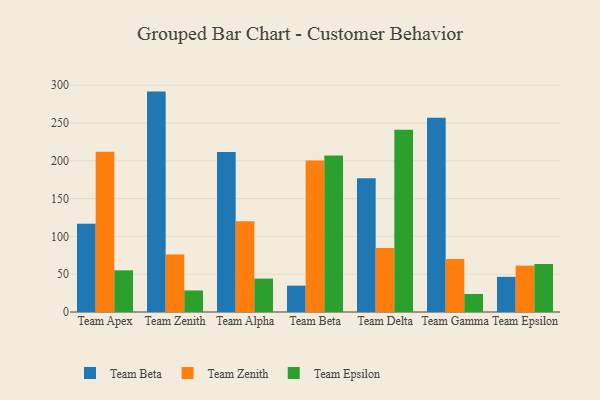
{"axis": {"x": "Team", "y": "Market Share (%)"}, "legend": ["Team Beta", "Team Epsilon", "Team Zenith"], "data": [{"x": "Team Apex", "y": 116.7, "type": "Team Beta"}, {"x": "Team Apex", "y": 211.9, "type": "Team Zenith"}, {"x": "Team Apex", "y": 55.1, "type": "Team Epsilon"}, {"x": "Team Zenith", "y": 291.5, "type": "Team Beta"}, {"x": "Team Zenith", "y": 75.9, "type": "Team Zenith"}, {"x": "Team Zenith", "y": 28.5, "type": "Team Epsilon"}, {"x": "Team Alpha", "y": 211.6, "type": "Team Beta"}, {"x": "Team Alpha", "y": 120.0, "type": "Team Zenith"}, {"x": "Team Alpha", "y": 44.2, "type": "Team Epsilon"}, {"x": "Team Beta", "y": 34.8, "type": "Team Beta"}, {"x": "Team Beta", "y": 200.5, "type": "Team Zenith"}, {"x": "Team Beta", "y": 206.9, "type": "Team Epsilon"}, {"x": "Team Delta", "y": 177.0, "type": "Team Beta"}, {"x": "Team Delta", "y": 84.5, "type": "Team Zenith"}, {"x": "Team Delta", "y": 241.2, "type": "Team Epsilon"}, {"x": "Team Gamma", "y": 256.9, "type": "Team Beta"}, {"x": "Team Gamma", "y": 70.0, "type": "Team Zenith"}, {"x": "Team Gamma", "y": 23.8, "type": "Team Epsilon"}, {"x": "Team Epsilon", "y": 46.5, "type": "Team Beta"}, {"x": "Team Epsilon", "y": 61.3, "type": "Team Zenith"}, {"x": "Team Epsilon", "y": 63.5, "type": "Team Epsilon"}]}